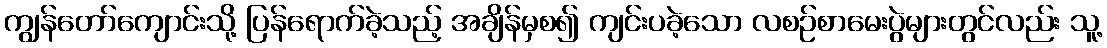
ကျွန်တော်ကျောင်းသို့ ပြန်ရောက်ခဲ့သည့် အချိန်မှစ၍ ကျင်းပခဲ့သော လစဉ်စာမေးပွဲများတွင်လည်း သူ့